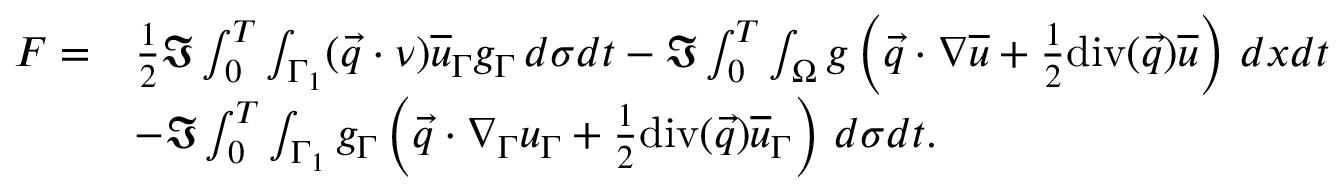
\begin{array} { r l } { F = } & { \frac { 1 } { 2 } \Im \int _ { 0 } ^ { T } \int _ { \Gamma _ { 1 } } ( \vec { q } \cdot \nu ) \overline { { u } } _ { \Gamma } g _ { \Gamma } \, d \sigma d t - \Im \int _ { 0 } ^ { T } \int _ { \Omega } g \left( \vec { q } \cdot \nabla \overline { { u } } + \frac { 1 } { 2 } \mathrm { d i v } ( \vec { q } ) \overline { { u } } \right) \, d x d t } \\ & { - \Im \int _ { 0 } ^ { T } \int _ { \Gamma _ { 1 } } g _ { \Gamma } \left( \vec { q } \cdot \nabla _ { \Gamma } u _ { \Gamma } + \frac { 1 } { 2 } \mathrm { d i v } ( \vec { q } ) \overline { { u } } _ { \Gamma } \right) \, d \sigma d t . } \end{array}